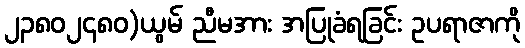
၂၃၈၀၂၄၈၀)ယွမ် ညီမအား အပြုခံရခြင်း ဥပရာဇာကို